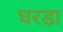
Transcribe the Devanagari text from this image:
घरडा